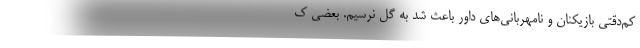
کم‌دقتی بازیکنان و نامهربانی‌های داور باعث شد به گل نرسیم. بعضی ک